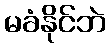
မခံနိုင်ဘဲ